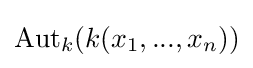
\mathrm {Aut} _{k}(k(x_{1},...,x_{n}))